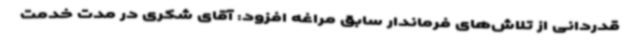
قدردانی از تلاش‌های فرماندار سابق مراغه افزود: آقای شکری در مدت خدمت